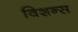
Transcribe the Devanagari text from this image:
विशन्स